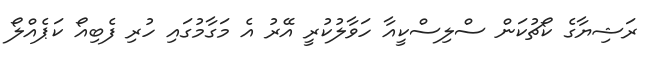
ރަޝިޔާގެ ކޯޗުކަން ސްލިސްކީއާ ހަވާލުކުރީ އޭރު އެ މަގާމުގައި ހުރި ފެބިއޯ ކަޕެއްލޯ